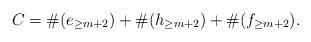
LaTeX: \begin{align*}C = \#(e_{\geq m+2})+\#(h_{\geq m+2})+\#(f_{\geq m+2}).\end{align*}